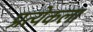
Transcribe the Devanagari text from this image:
प्रत्येकला